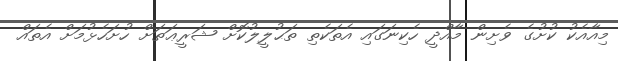
މިއާއެކު ކުށުގެ ވެށިން މާއްދީ ހެކިނަގައި އެތަކެތި ތަޙުލީލުކޮށް ޝަރީޢަތަށް ހުށަހެޅުމަށް އެތައް